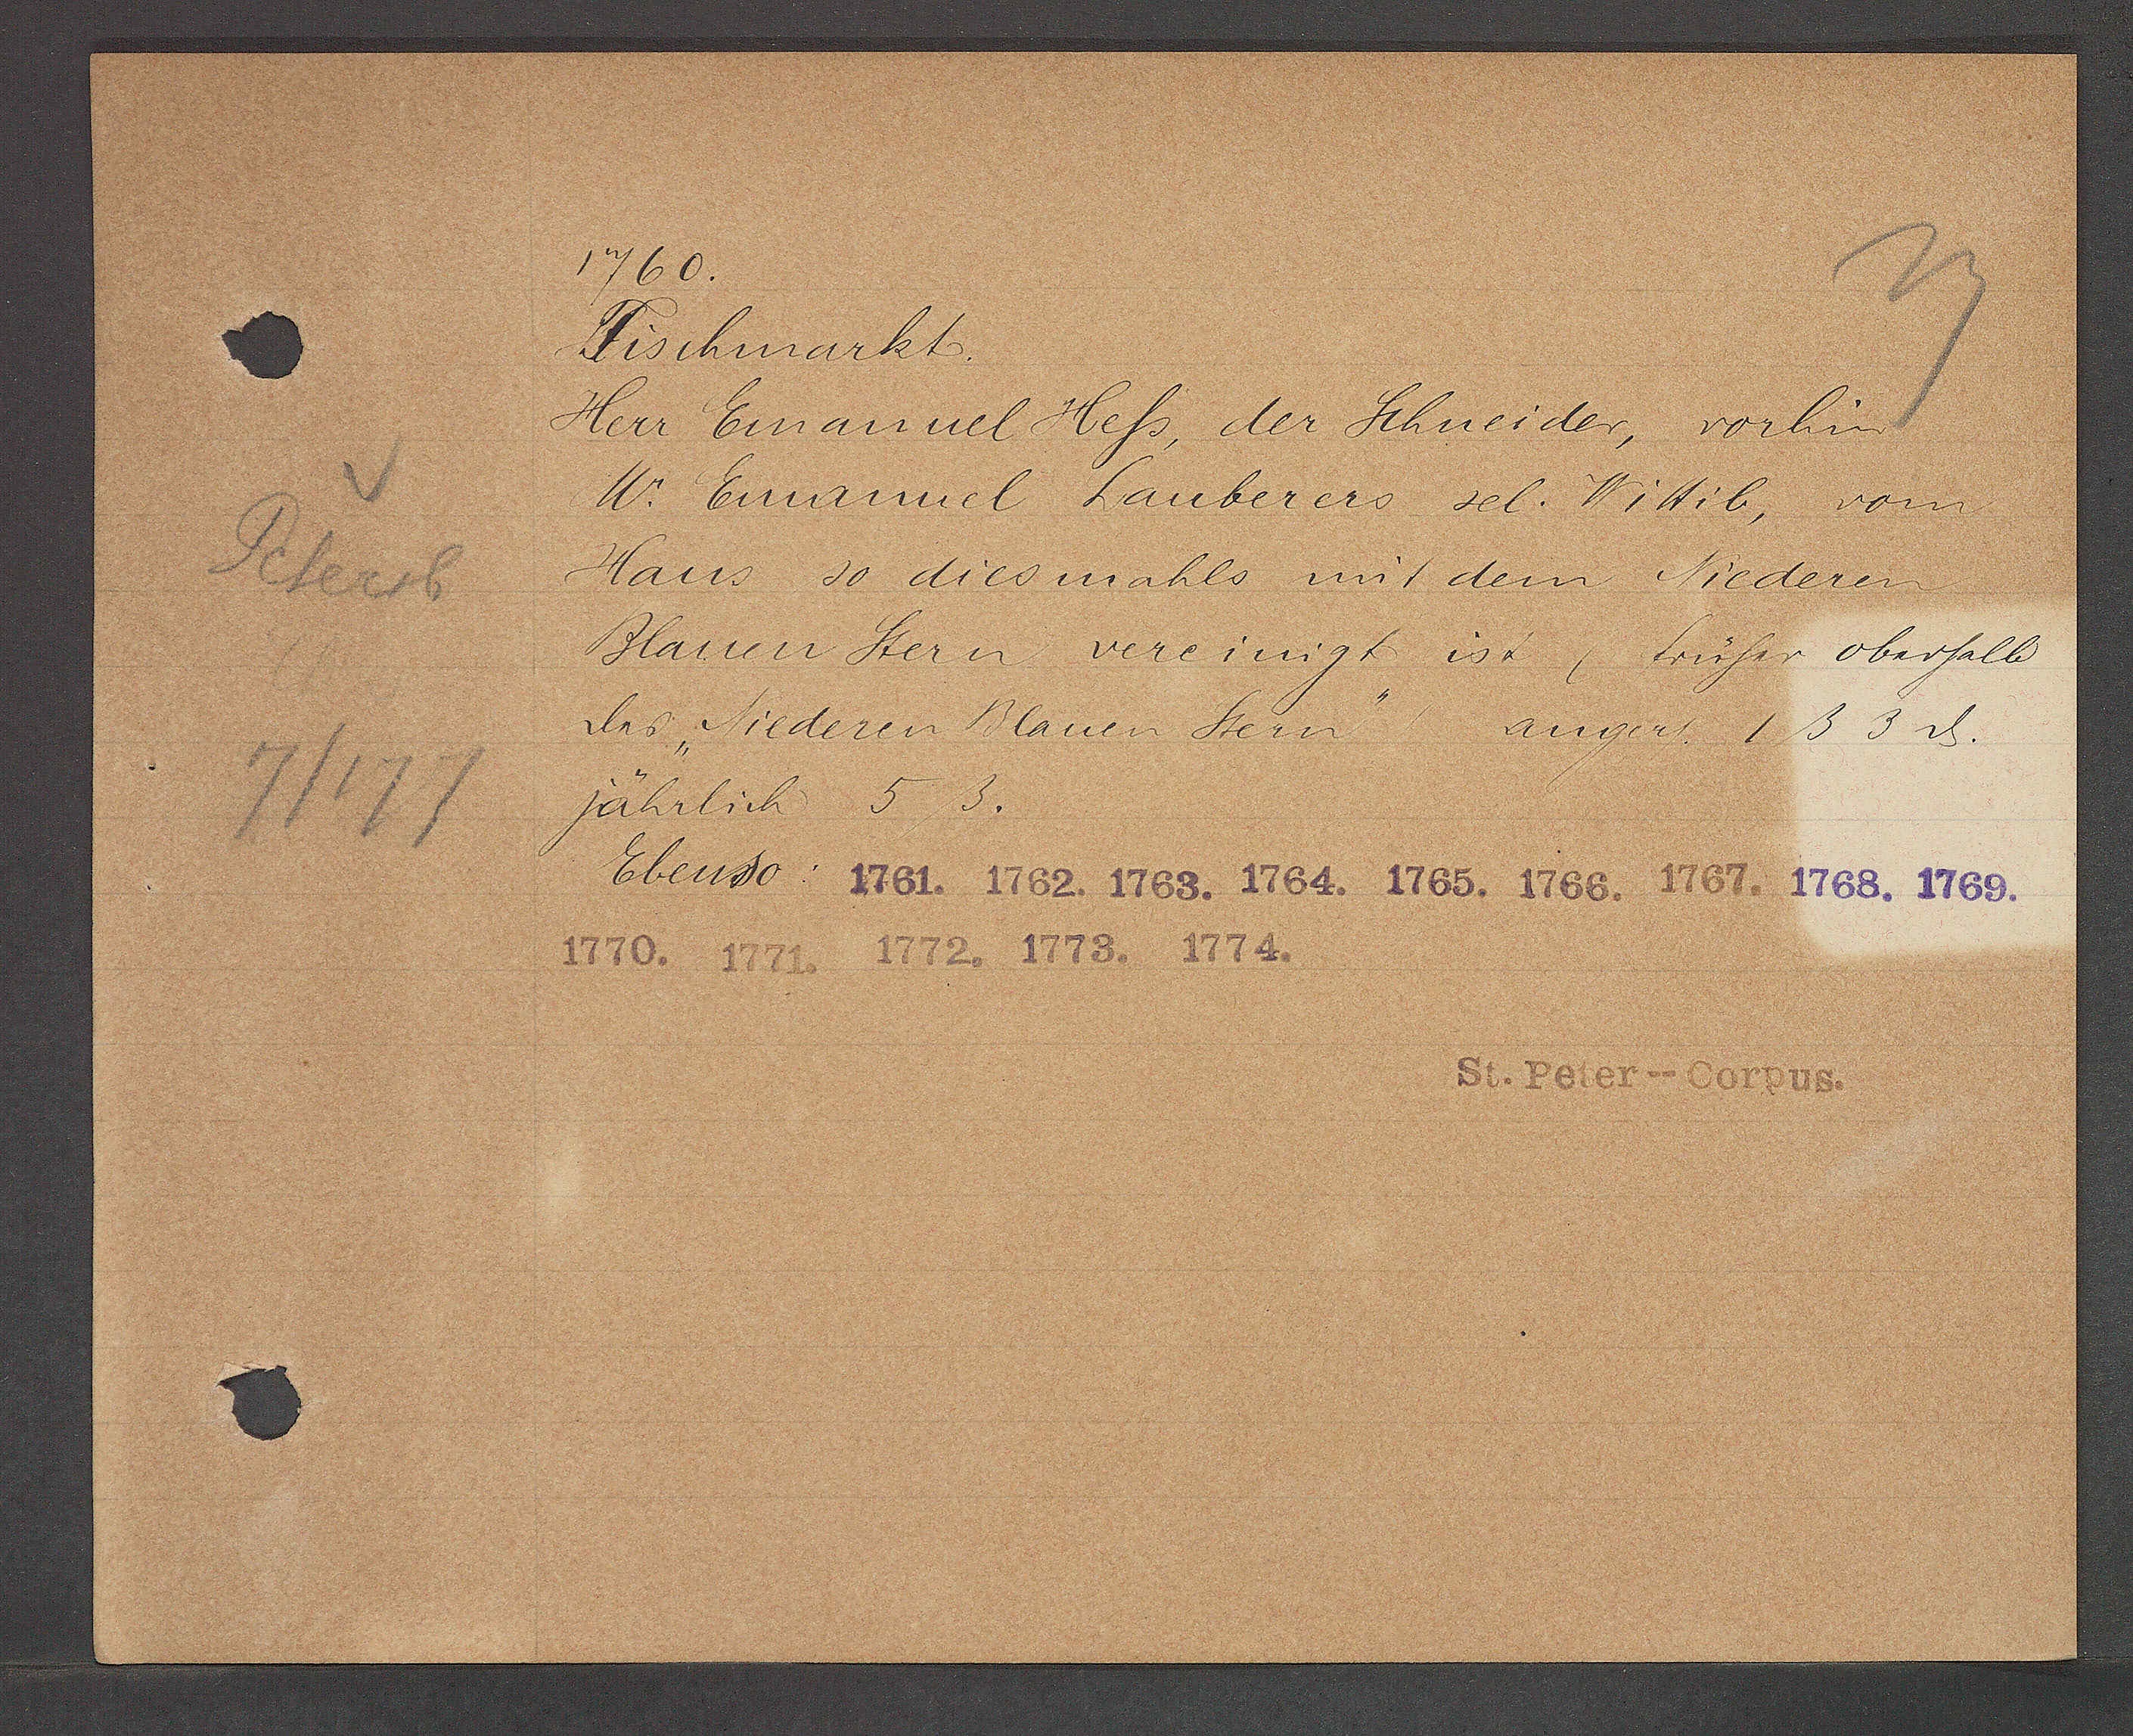
Transcript:
Petersb
7/177

1760.

Fischmarkt.
Herr Emanuel Hess, der Schneider, vorhin
W. Emanuel Lauberers sel. Wittib, vom
Hans so diesmahls mit dem Niederen
Blauen Stern vereinigt ist, früher oberhalb
des Niederen Blauen Stern
jährlich 5 ß.
Ebenso: 1761. 1762. 1763. 1764. 1765. 1766. 1767. 1768. 1769.
1770. 1171. 1772. 1773. 1774.
angers 1ß 3ȡ.

St. Peter--Corpus.